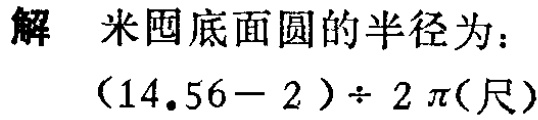
解 米囤底面圆的半径为：

\((14.56 - 2)\div 2\pi(\text{尺})\)